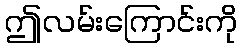
ဤလမ်းကြောင်းကို